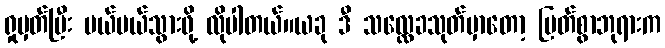
ရှုမှတ်ပြီး ပယ်ပယ်သွားဖို့ လိုပါတယ်။ယခု ဒီ သလ္လေခသုတ်မှာတော့ မြတ်စွာဘုရားက